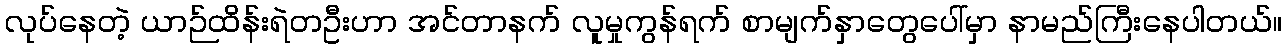
လုပ်နေတဲ့ ယာဉ်ထိန်းရဲတဦးဟာ အင်တာနက် လူမှုကွန်ရက် စာမျက်နှာတွေပေါ်မှာ နာမည်ကြီးနေပါတယ်။